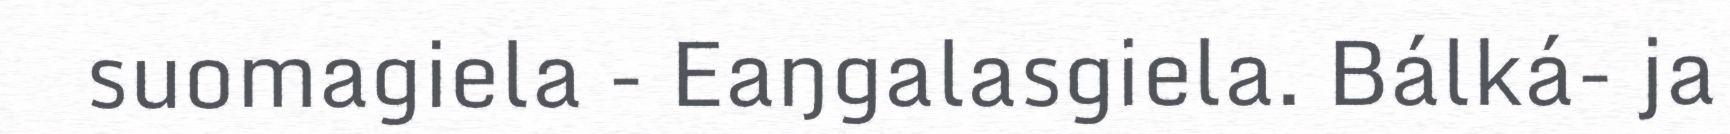
suomagiela - Eaŋgalasgiela. Bálká- ja